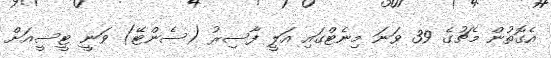
އެގޮތުން މެޗުގެ 39 ވަނަ މިނެޓްގައި އަލީ ފާސިރު (ސެންޓޭ) ވަނީ ޓީސީއަށް